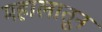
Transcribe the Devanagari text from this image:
महालातून